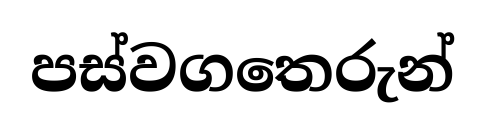
පස්වගතෙරුන්